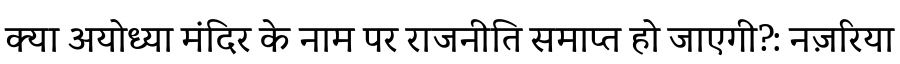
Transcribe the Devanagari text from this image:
क्या अयोध्या मंदिर के नाम पर राजनीति समाप्त हो जाएगी?: नज़रिया